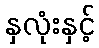
နှလုံးနှင့်